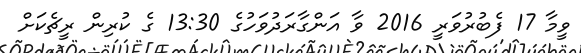
ވީމާ 17 ފެބުރުވަރީ 2016 ވާ އަންގާރަދުވަހުގެ 13:30 ގެ ކުރިން ރީޗެކަށް